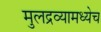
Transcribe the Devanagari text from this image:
मुलद्रव्यामध्येच